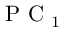
\mathrm { ~ P ~ C ~ } _ { 1 }